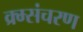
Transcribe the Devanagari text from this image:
क्र्म्संचरण